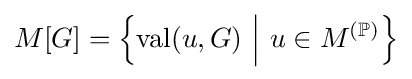
M[G]=\left\{\operatorname {val} (u,G)~{\Big |}~u\in M^{(\mathbb {P} )}\right\}